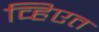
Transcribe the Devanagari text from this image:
व्हिएत